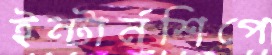
ইন্টার্নশিপে